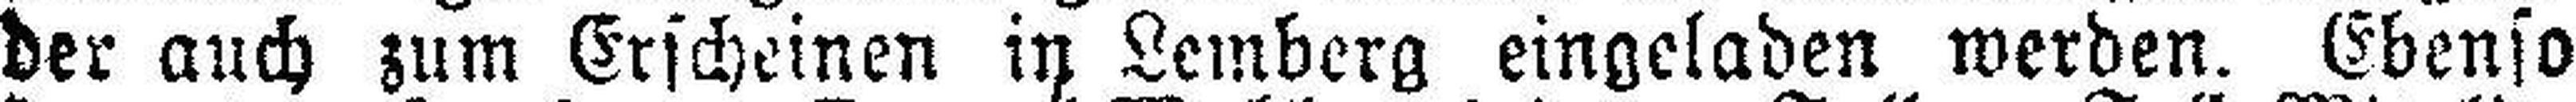
der auch zum Erscheinen in Lemberg eingeladen werden. Ebenso